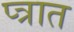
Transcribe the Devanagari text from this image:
प्त्रात